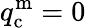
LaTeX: q_{\mathrm{c}}^{\mathrm{m}}=0